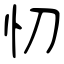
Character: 忉